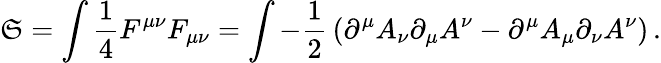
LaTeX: \mathfrak{S}=\int{\frac{{1}}{{4}}}F^{\mu\nu}F_{\mu\nu}=\int-{\frac{{1}}{{2}}}\left(\partial^{\mu}A_{\nu}\partial_{\mu}A^{\nu}-\partial^{\mu}A_{\mu}\partial_{\nu}A^{\nu}\right)\, .